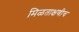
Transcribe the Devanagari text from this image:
मिळताक्षणीच